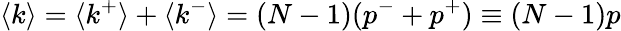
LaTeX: \langle k\rangle=\langle k^{+}\rangle+\langle k^{-}\rangle=(N-1)(p^{-}+p^{+})\equiv(N-1)p